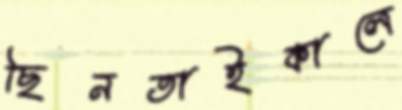
ছিনতাইকালে